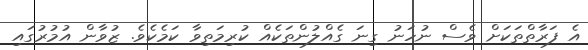
އެ ފަރާތްތަކަށް ވެސް ނުހަނު ގިނަ ގެއްލުންތަކެއް ކުރިމަތިވާ ކަމެކެވެ. ޒުވާން އުމުރުގައި